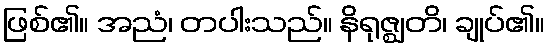
ဖြစ်၏။ အညံ၊ တပါးသည်။ နိရုဇ္ဈတိ၊ ချုပ်၏။